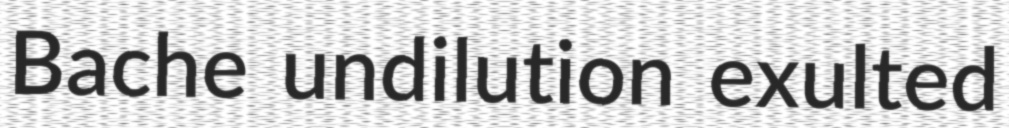
Bache undilution exulted